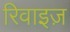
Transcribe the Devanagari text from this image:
रिवाइज़